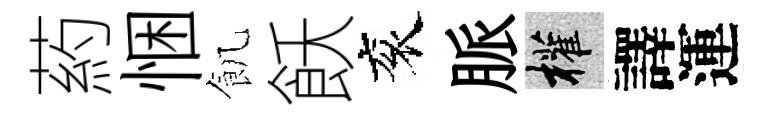
葯悃飢飫衮脈權譯運